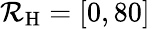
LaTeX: \mathcal{R}_{\mathrm{H}}=[0,80]~\